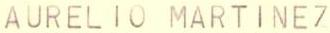
AURELIO MARTINEZ